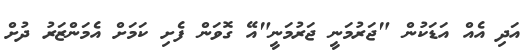
އަދި އެއް އަޑަކުން "ޖަރުމަނީ ޖަރުމަނީ"އޭ ގޮވަން ފެށި ކަމަށް އެމަންޒަރު ދުށް